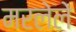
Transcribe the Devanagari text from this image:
मरलेलें